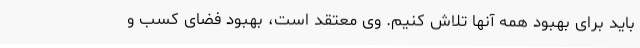
باید برای بهبود همه آنها تلاش کنیم. وی معتقد است، بهبود فضای کسب و